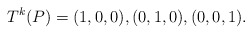
\begin{align*}T^{k}(P) = (1, 0, 0), (0, 1, 0), (0, 0, 1).\end{align*}